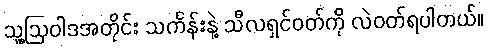
သူ့ဩဝါဒအတိုင်း သင်္ကန်းနဲ့ သီလရှင်ဝတ်ကို လဲဝတ်ရပါတယ်။